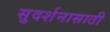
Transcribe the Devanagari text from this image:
सुदर्शनासाठी